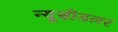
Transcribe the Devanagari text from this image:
न्यूसीडलर